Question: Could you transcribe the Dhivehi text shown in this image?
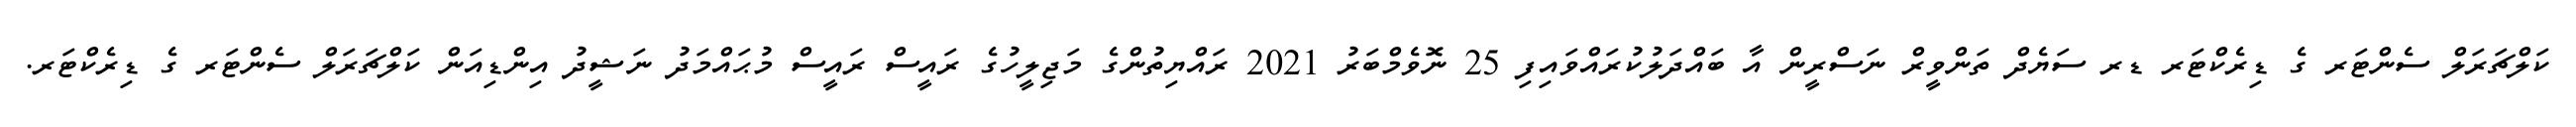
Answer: ކަލްޗަރަލް ސެންޓަރ ގެ ޑިރެކްޓަރ ޑރ ސަޔެދް ތަންވީރް ނަސްރީން އާ ބައްދަލުކުރައްވައިފި 25 ނޮވެމްބަރު 2021 ރައްޔިތުންގެ މަޖިލީހުގެ ރައީސް ރައީސް މުޙައްމަދު ނަޝީދު އިންޑިއަން ކަލްޗަރަލް ސެންޓަރ ގެ ޑިރެކްޓަރ.